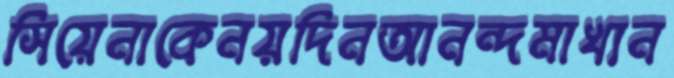
সিয়েনাকেনয়দিনআনন্দমাখান